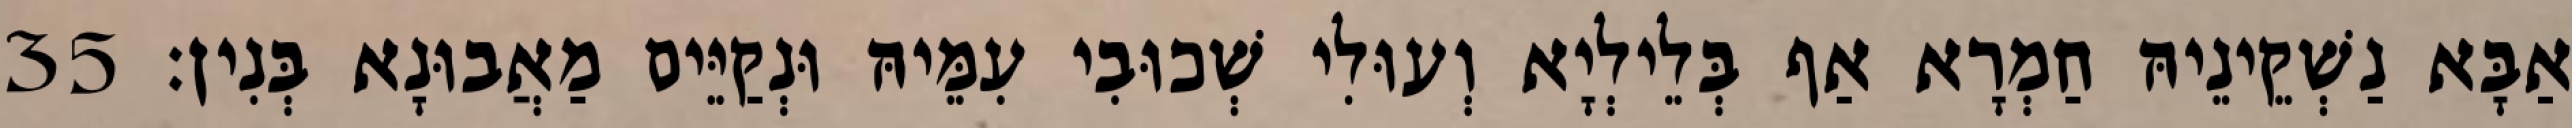
אַבָּא נַשְׁקֵינֵיהּ חַמְרָא אַף בְּלֵילְיָא וְעוּלִי שְׁכוּבִי עִמֵּיהּ וּנְקַיֵּים מַאֲבוּנָא בְּנִין׃ 35